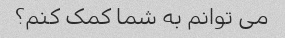
می توانم به شما کمک کنم؟